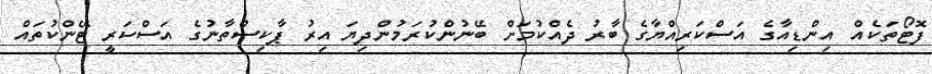
ފޮޓޯތަކެއް އިންޑިއާގެ އަސްކަރިއްޔާގެ ބާރު ދެއްކުމަށް ބޭނުންކުރަމުންދިޔަ އިރު ޕާކިސްތާނުގެ އަސްކަރީ ޓޭންކުތައް